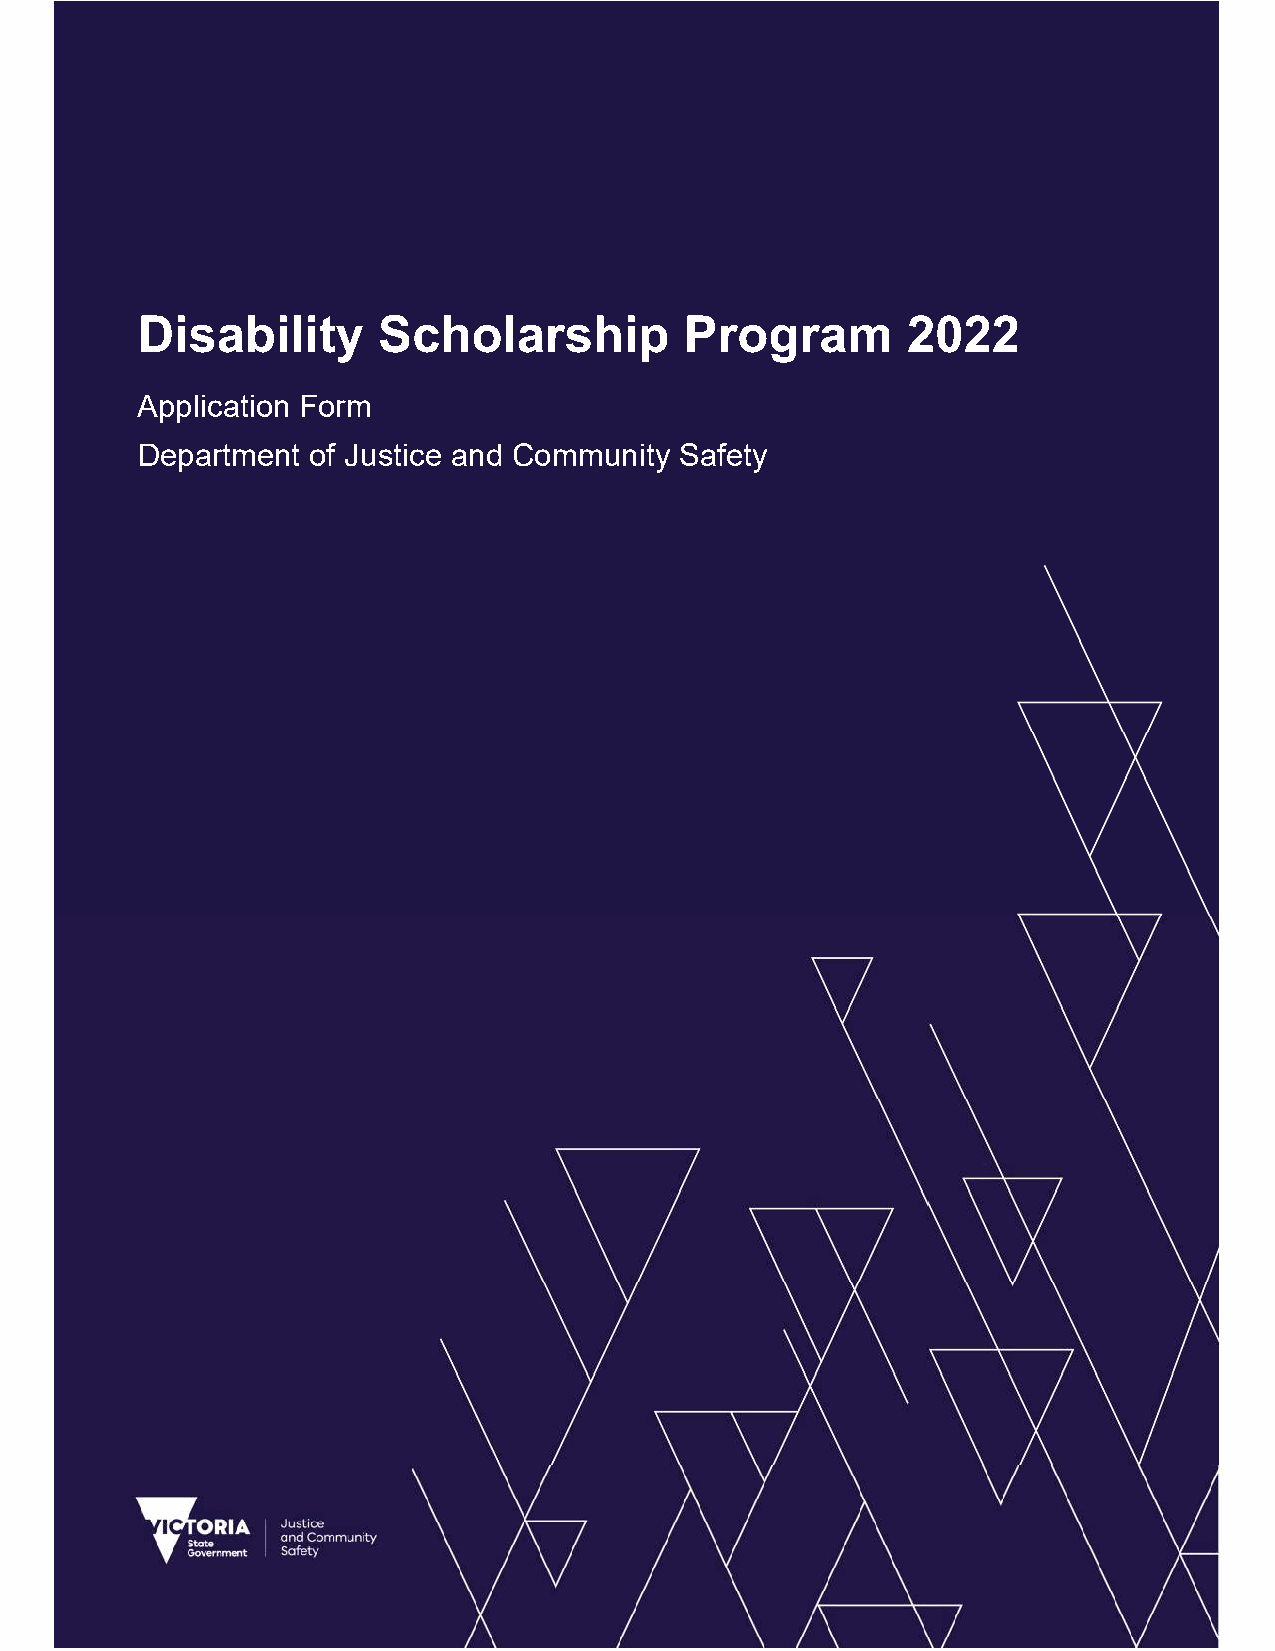
Disability      Scholarship         Program        2022
 Application Form
 Department  of Justice and Community Safety